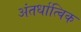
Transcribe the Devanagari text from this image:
अंतर्धात्विक